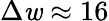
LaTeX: \Delta\mathit{w}\approx16